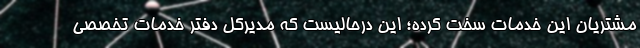
مشتریان این خدمات سخت کرده؛ این درحالیست که مدیرکل دفتر خدمات تخصصی